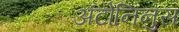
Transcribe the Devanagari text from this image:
अंटोनिनुस